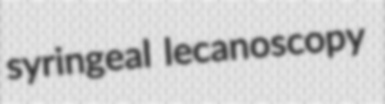
syringeal lecanoscopy